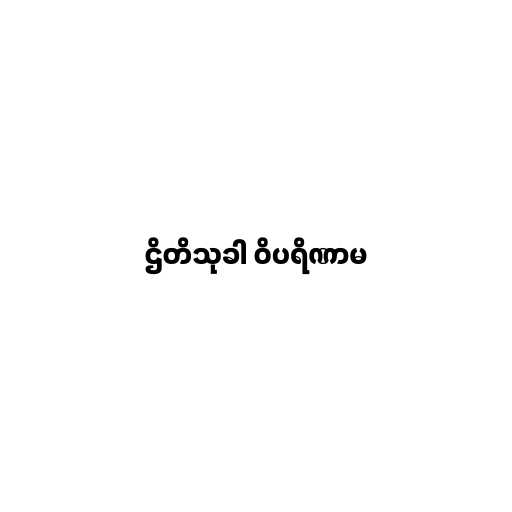
ဌိတိသုခါ ဝိပရိဏာမ